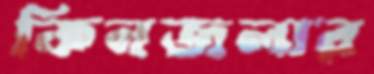
কিনজলার